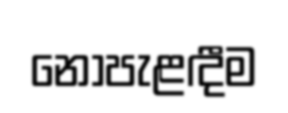
නොපැළඳීම